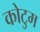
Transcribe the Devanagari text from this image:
कोटुम